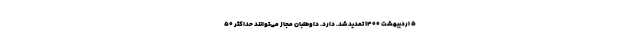
۵ اردیبهشت ۱۴۰۰ تمدید شد. دارد. داوطلبان مجاز می‌توانند حداکثر ۵۰